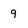
Character: q